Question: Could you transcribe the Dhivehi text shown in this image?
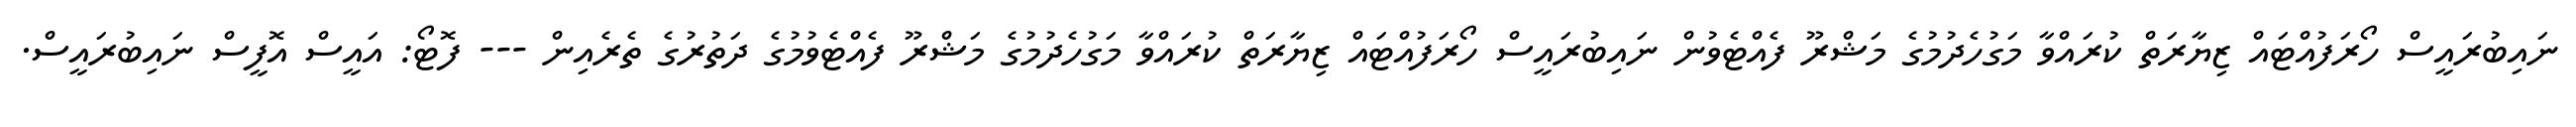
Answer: ނައިބުރައީސް ހޯރަފުއްޓައް ޒިޔާރަތް ކުރައްވާ މަގުހެދުމުގެ މަޝްރޫ ފެއްޓެވުން ނައިބުރައީސް ހޯރަފުއްޓައް ޒިޔާރަތް ކުރައްވާ މަގުހެދުމުގެ މަޝްރޫ ފެއްޓެވުމުގެ ދަތުރުގެ ތެރެއިން --- ފޮޓޯ: އައީސް އޮފީސް ނައިބުރައީސް.